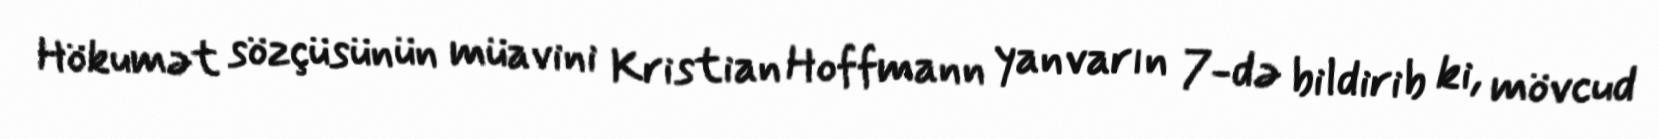
Hökumət sözçüsünün müavini Kristian Hoffmann yanvarın 7-də bildirib ki, mövcud